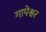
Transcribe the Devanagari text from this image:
गापेश्वर